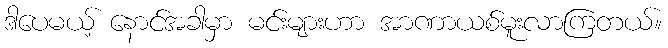
ဒါပေမယ့် နောင်အခါမှာ မင်းများဟာ အာဏာယစ်မူးလာကြတယ်။